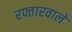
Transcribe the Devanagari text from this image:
रफ्तारवाले